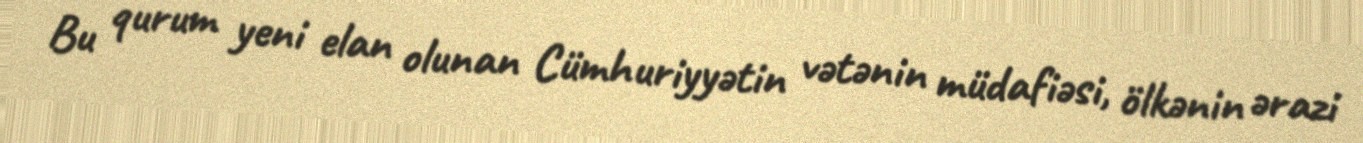
Bu qurum yeni elan olunan Cümhuriyyətin vətənin müdafiəsi, ölkənin ərazi